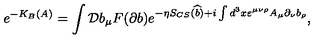
e ^ { - K _ { B } ( A ) } = \int { \cal D } b _ { \mu } F ( \partial b ) e ^ { - \eta S _ { C S } ( \widehat { b } ) + i \int d ^ { 3 } x \varepsilon ^ { \mu \nu \rho } A _ { \mu } \partial _ { \nu } b _ { \rho } } ,